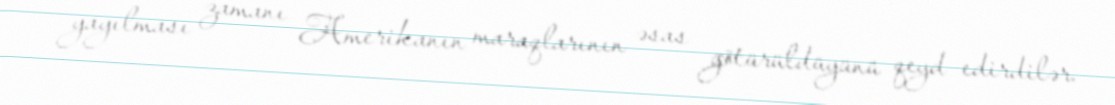
yayılması zamanı Amerikanın maraqlarının əsas götürüldüyünü qeyd edirdilər.